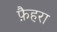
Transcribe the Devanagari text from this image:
फ़ैहरा